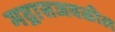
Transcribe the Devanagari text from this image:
मद्रासजवळील